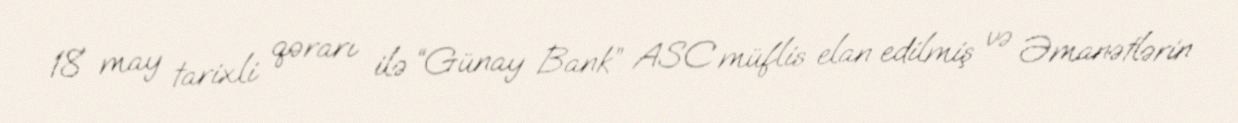
18 may tarixli qərarı ilə “Günay Bank” ASC müflis elan edilmiş və Əmanətlərin